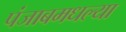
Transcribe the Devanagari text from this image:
पंजाबमधल्या